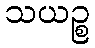
သယဉ္စ